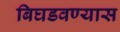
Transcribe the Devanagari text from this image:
बिघडवण्यास